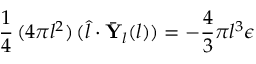
\frac { 1 } { 4 } \, ( 4 \pi l ^ { 2 } ) \, ( \hat { l } \cdot \bar { \mathbf { Y } } _ { l } ( l ) ) = - \frac { 4 } { 3 } \pi l ^ { 3 } \epsilon